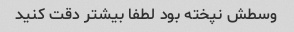
وسطش نپخته بود لطفا بیشتر دقت کنید